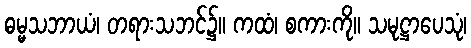
ဓမ္မသဘာယံ၊ တရားသဘင်၌။ ကထံ၊ စကားကို။ သမုဋ္ဌာပေသုံ၊